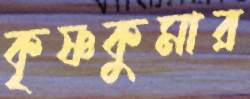
কৃষ্ণকুমার